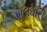
માલઘારી